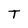
Character: T